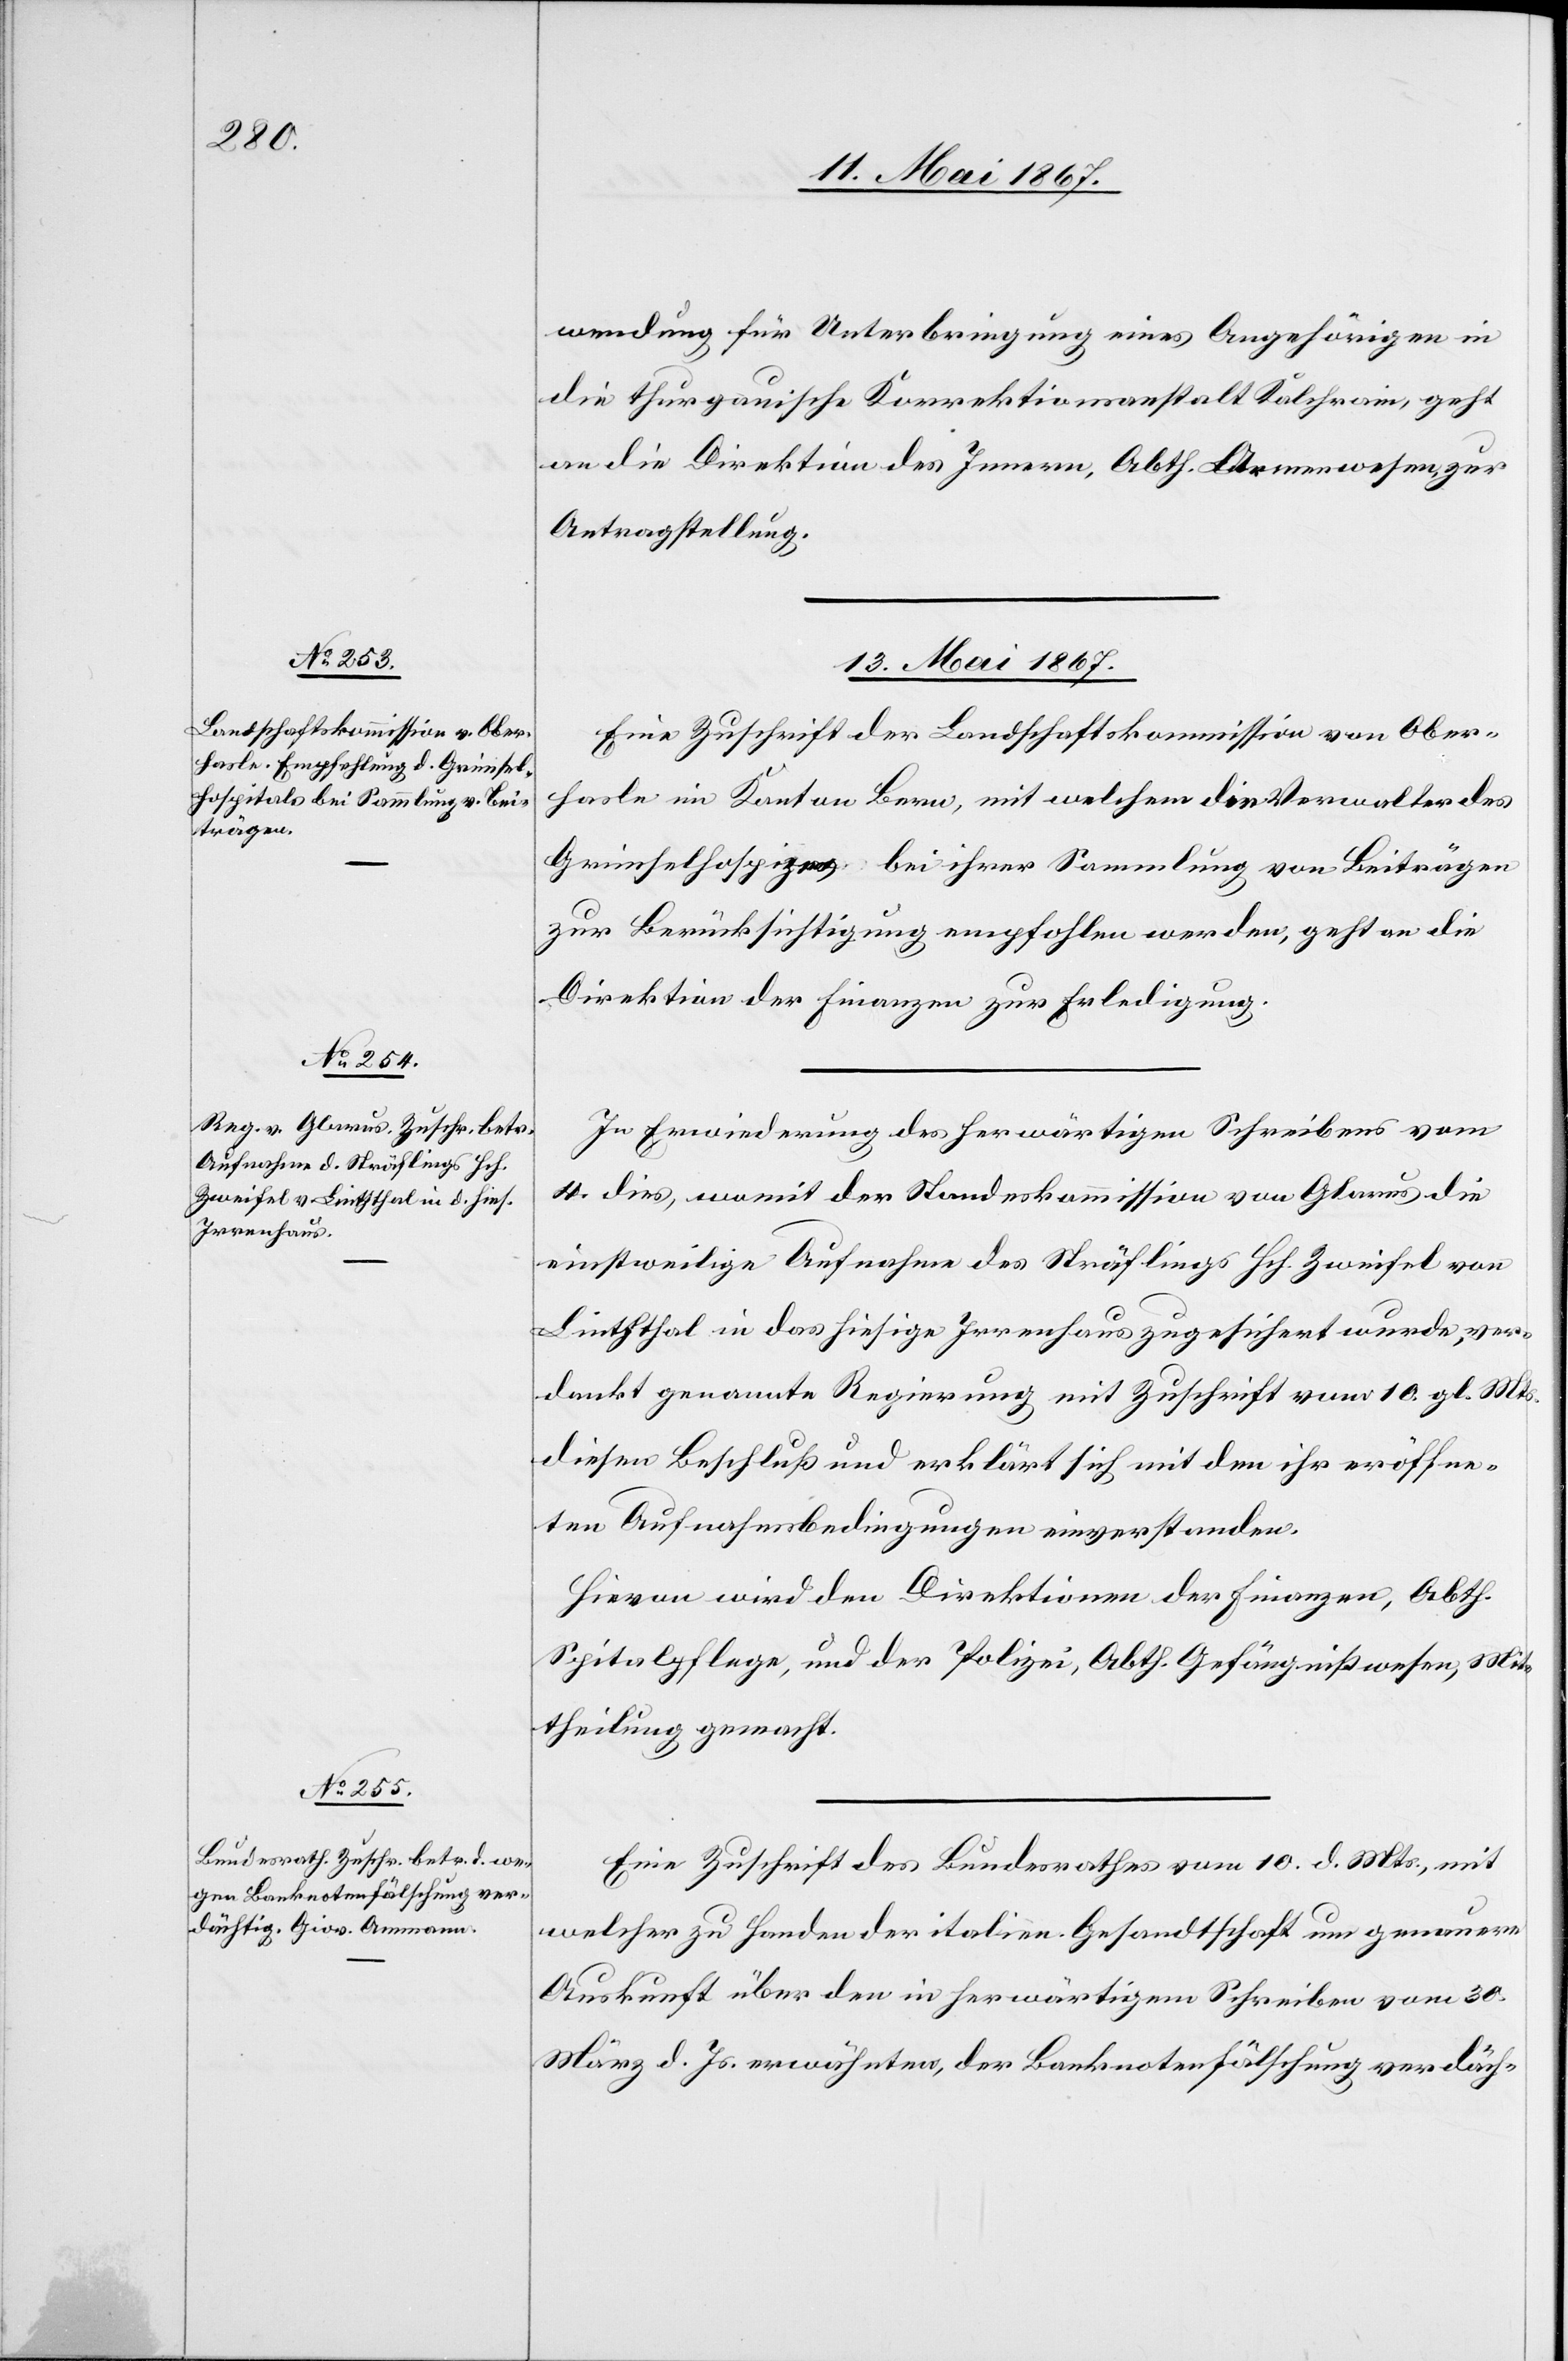
13. Mai 1867.]
wendung für Unterbringung eines Angehörigen in
die thurgauische Korrektionsanstalt Kalchrain, geht
an die Direktion des Innern, Abth. Armenwesen zur
Antragstellung.
13. Mai 1867.
Eine Zuschrift der Landschaftskommission von Ober¬
hasle im Kanton Bern, mit welchem die Verwalter des
Grimselhospiz bei ihrer Sammlung von Beiträgen
zur Berücksichtigung empfohlen werden, geht an die
Direktion der Finanzen zur Erledigung.
In Erwiederung des herwärtigen Schreibens vom
4. dies, womit der Standeskommission von Glarus die
einstweilige Aufnahme des Sträflings Hch. Zweifel von
Linththal in das hiesige Irrenhaus zugesichert wurde, ver¬
dankt genannte Regierung mit Zuschrift vom 10. gl. Mts.
diesen Beschluß und erklärt sich mit den ihr eröffne¬
ten Aufnahmsbedingungen einverstanden.
Hievon wird den Direktionen der Finanzen, Abth.
Spitalpflege, und der Polizei, Abth. Gefängnißwesen, Mit¬
theilung gemacht.
Eine Zuschrift des Bundesrathes vom 10. d. Mts., mit
welcher zu Handen der italien. Gesandtschaft um genauere
Auskunft über den in herwärtigem Schreiben vom 30.
März d. Js. erwähnten, der Banknotenfälschung verdäch-